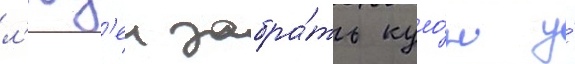
л'юд'еи забра́ть куло́н у́